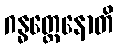
ဂန္ဓတ္ထေနောတိ